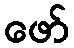
ဖော်